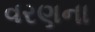
વરણના